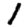
Digit: 1